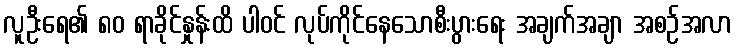
လူဦးရေ၏ ၈၀ ရာခိုင်နှုန်းထိ ပါဝင် လုပ်ကိုင်နေသောစီးပွားရေး အချက်အချာ အစဉ်အလာ